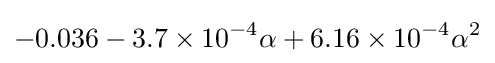
-0.036-3.7\times 10^{-4}\alpha +6.16\times 10^{-4}\alpha ^{2}